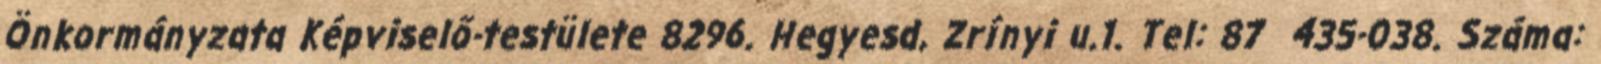
Önkormányzata Képviselő-testülete 8296. Hegyesd, Zrínyi u.1. Tel: 87 435-038. Száma: